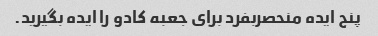
پنج ایده منحصربفرد برای جعبه کادو را ایده بگیرید.